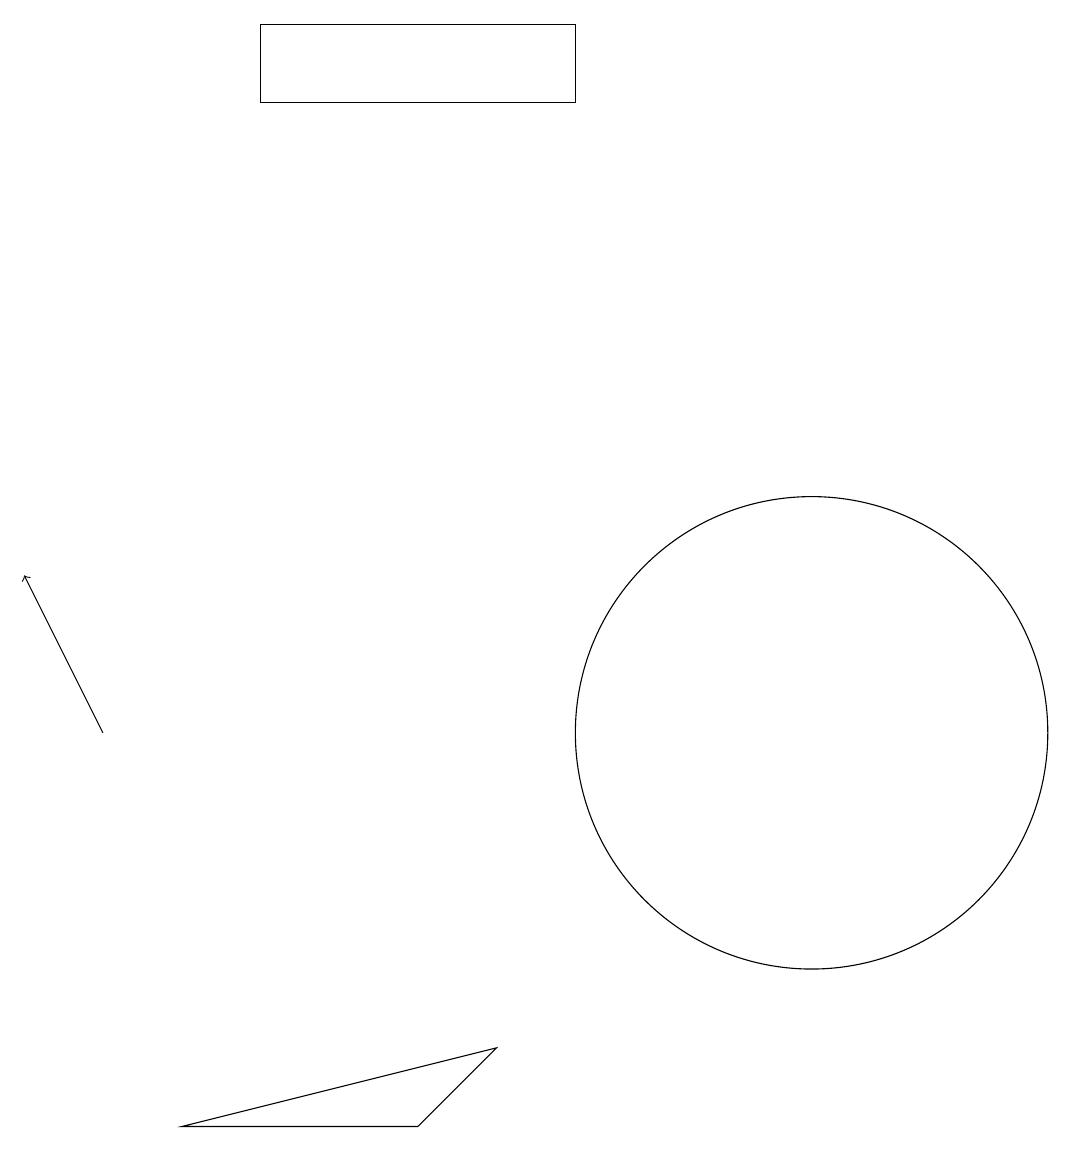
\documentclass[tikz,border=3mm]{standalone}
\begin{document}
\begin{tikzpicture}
\draw[->] (1,10) -- (0,12);
\draw (2,5) -- (5,5) -- (6,6) -- cycle;
\draw (10,10) circle (3);
\draw (3,19) rectangle (7,18);
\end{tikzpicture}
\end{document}